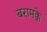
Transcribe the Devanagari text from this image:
बरामक्के